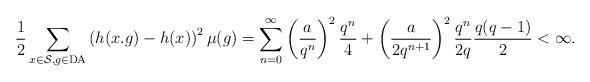
LaTeX: \begin{align*}\frac{1}{2}\sum_{x\in \mathcal{S}, g \in \rm{DA}} \left(h(x.g)-h(x)\right)^2\mu(g)=\sum_{n=0}^\infty \left(\frac{a}{q^n} \right)^2\frac{q^n}{4}+\left(\frac{a}{2q^{n+1}}\right)^2\frac{q^n}{2q}\frac{q(q-1)}{2}<\infty.\end{align*}